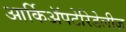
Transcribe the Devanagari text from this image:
आर्किॲपटेरिडेलीज़